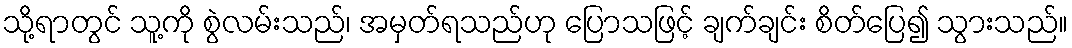
သို့ရာတွင် သူ့ကို စွဲလမ်းသည်၊ အမှတ်ရသည်ဟု ပြောသဖြင့် ချက်ချင်း စိတ်ပြေ၍ သွားသည်။